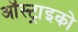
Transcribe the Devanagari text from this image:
ऑस्ट्राइको